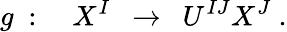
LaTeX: g\ :\quad X^{I}\ \ \rightarrow\ \ U^{IJ}X^{J}\ .